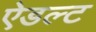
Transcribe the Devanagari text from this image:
ऐडल्ट